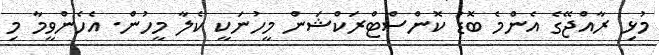
މުޅި ރާއްޖޭގެ އެންމެ ބޮޑު ކޮންސްޓްރަކްޝަން މީހުނަކީ ކެލާ މީހުން. އެހެންވީމާ މި